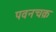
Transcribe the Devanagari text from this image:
पवनचक्र